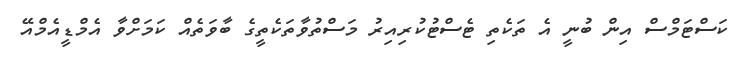
ކަސްޓަމްސް އިން ބުނީ އެ ތަކެތި ޓެސްޓުކުރިއިރު މަސްތުވާތަކެތީގެ ބާވަތެއް ކަމަށްވާ އެމްޑީއެމްއޭ